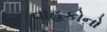
વાહકોનો